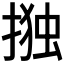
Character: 𭡫